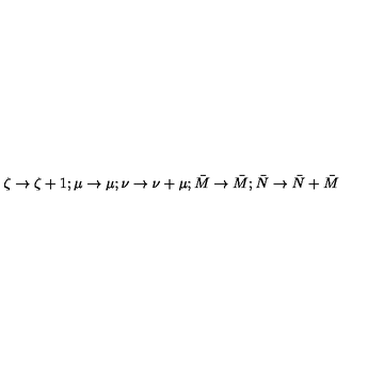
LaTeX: \zeta \rightarrow \zeta + 1 ; \mu \rightarrow \mu ; \nu \rightarrow \nu + \mu ; \bar { M } \rightarrow \bar { M } ; \bar { N } \rightarrow \bar { N } + \bar { M }